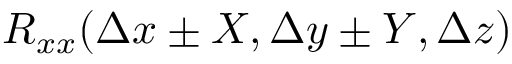
R _ { x x } ( \Delta x \pm X , \Delta y \pm Y , \Delta z )